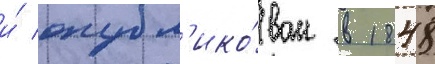
и́ опубл'ико́ван в 1848